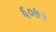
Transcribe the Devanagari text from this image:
६०७९